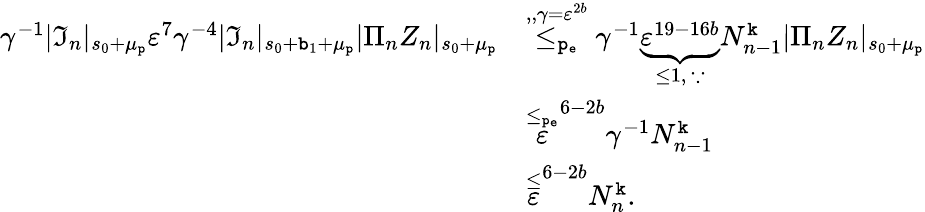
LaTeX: \begin{array}{rl}{\gamma^{-1}|\mathfrak{I}_{n}|_{s_{0}+\mu_{\mathtt{p}}}\varepsilon^{7}\gamma^{-4}|\mathfrak{I}_{n}|_{s_{0}+\mathtt{b}_{1}+\mu_{\mathtt{p}}}|\Pi_{n}Z_{n}|_{s_{0}+\mu_{\mathtt{p}}}}&{\overset{,,\gamma=\varepsilon^{2b}}{\le_{\mathtt{p_{e}}}}\gamma^{-1}\underbrace{\varepsilon^{19-16b}}_{\le 1,\ \because}N_{n-1}^{\mathtt{k}}|\Pi_{n}Z_{n}|_{s_{0}+\mu_{\mathtt{p}}}}\\ &{\overset{\le_{\mathtt{p_{e}}}}\varepsilon^{6-2b}\gamma^{-1}N_{n-1}^{\mathtt{k}}}\\ &{\overset\le\varepsilon^{6-2b}N_{n}^{\mathtt{k}}.}\end{array}